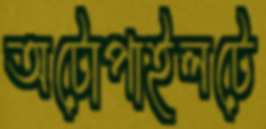
অটোপাইলটে